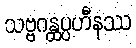
သဗ္ဗဂန္ထပ္ပဟီနဿ